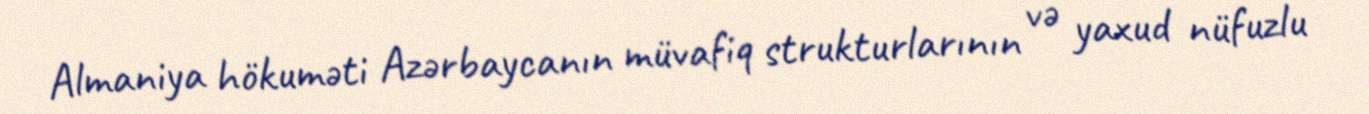
Almaniya hökuməti Azərbaycanın müvafiq strukturlarının və yaxud nüfuzlu